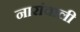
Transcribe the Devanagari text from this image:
नारांवाली